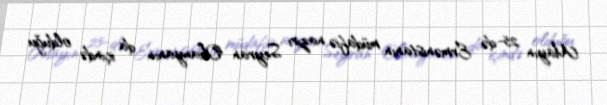
Mayın 25-də Ermənistanın müdafiə naziri Seyran Ohanyanın da içində olduğu